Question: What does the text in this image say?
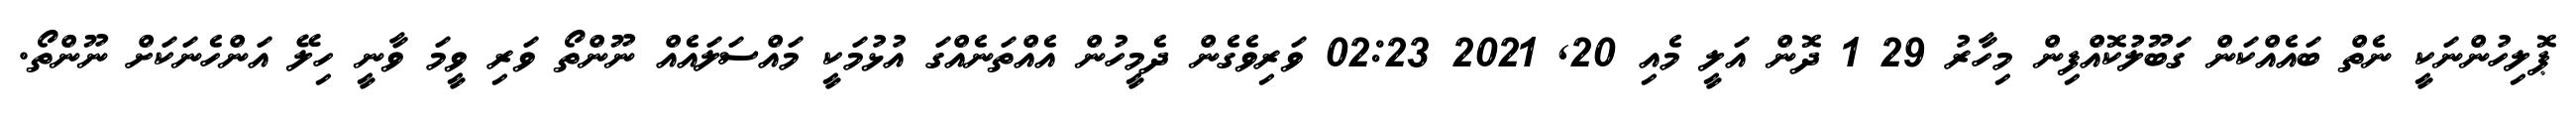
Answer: ޕޮލިހުންނަކީ ނެތް ބައެއްކަން ގަބޫލުކޮއްފިން މިހާރު 29 1 ދޮން އަލީ މެއި 20, 2021 02:23 ވަރިވެގެން ދެމީހުން އެއްތަނެއްގަ އުޅުމަކީ މައްސަލައެއް ނޫންތޯ ވަރި ވީމަ ވާނީ ހިލޭ އަންހެނަކަށް ނޫންތޯ.